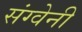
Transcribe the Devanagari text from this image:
संग्वेनी